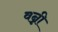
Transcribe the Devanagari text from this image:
वन्नी